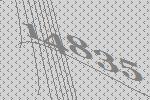
14835